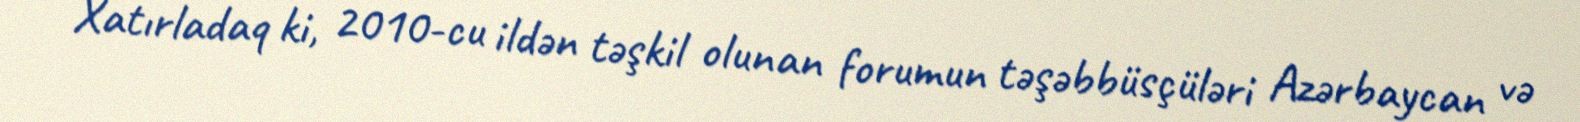
Xatırladaq ki, 2010-cu ildən təşkil olunan forumun təşəbbüsçüləri Azərbaycan və